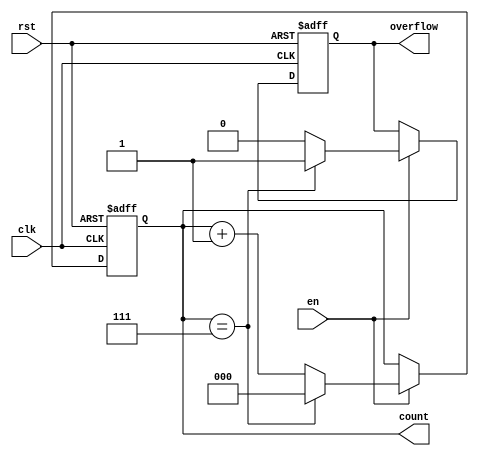
module ModulusCounter #(
    parameter N = 8  // Modulus value, must be a power of 2 for simplicity
)(
    input wire clk,     // Clock signal
    input wire rst,     // Active-high asynchronous reset
    input wire en,      // Enable signal
    output reg [log2(N)-1:0] count, // Current count value
    output reg overflow // Overflow indicator
);

// Function to calculate log2 of a number
function integer log2;
    input integer value;
    begin
        log2 = 0;
        while (2 ** log2 < value) begin
            log2 = log2 + 1;
        end
    end
endfunction

// Always block for the counter logic
always @(posedge clk or posedge rst) begin
    if (rst) begin
        count <= 0;         // Reset count to zero
        overflow <= 0;      // Reset overflow indicator
    end else if (en) begin
        if (count == (N - 1)) begin
            count <= 0;     // Reset count when reaching modulus
            overflow <= 1;   // Set overflow indicator
        end else begin
            count <= count + 1; // Increment count
            overflow <= 0;   // Clear overflow indicator
        end
    end
end

endmodule